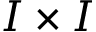
I \times I